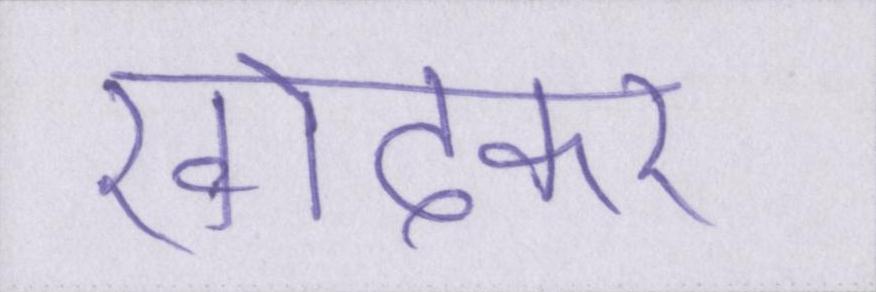
खोदकर